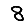
Digit: 8